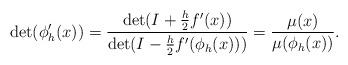
LaTeX: \begin{align*}\det(\phi_h^\prime(x)) = \frac{\det(I+\frac{h}{2}f^\prime(x))}{\det(I-\frac{h}{2}f^\prime(\phi_h(x)))} = \frac{\mu(x)}{\mu(\phi_h(x))}.\end{align*}